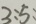
3 : 5 :